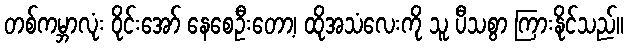
တစ်ကမ္ဘာလုံး ဝိုင်းအော် နေစေဦးတော့၊ ထိုအသံလေးကို သူ ပီသစွာ ကြားနိုင်သည်။